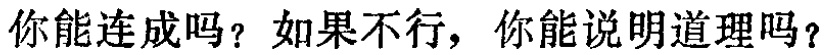
你能连成吗？如果不行，你能说明道理吗？